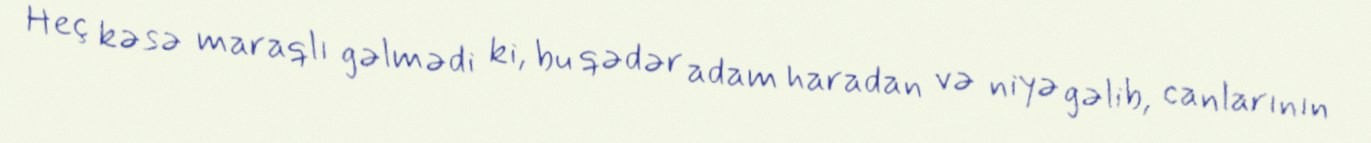
Heç kəsə maraqlı gəlmədi ki, bu qədər adam haradan və niyə gəlib, canlarının